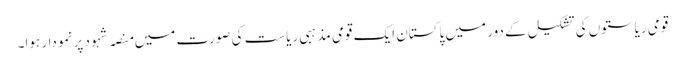
قومی ریاستوں کی تشکیل کے دور میں پاکستان ایک قومی مذہبی ریاست کی صورت میں منصہ شہود پر نمودار ہوا۔